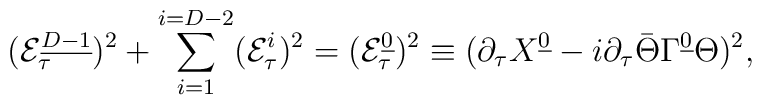
({\cal E}^{\underline {D-1}}_{\tau})^2+\sum_{i=1}^{i=D-2}({\cal E}^{i}_{\tau})^2=({\cal E}^{\underline0}_{\tau})^2\equiv (\partial_\tau X^{\underline 0}-i\partial_\tau\bar\Theta\Gamma^{\underline 0}\Theta)^2,